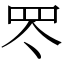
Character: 罖